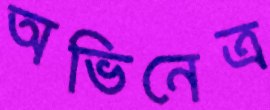
অভিনেত্র